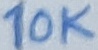
Text: 10K